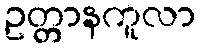
ဥတ္တာနကူလာ